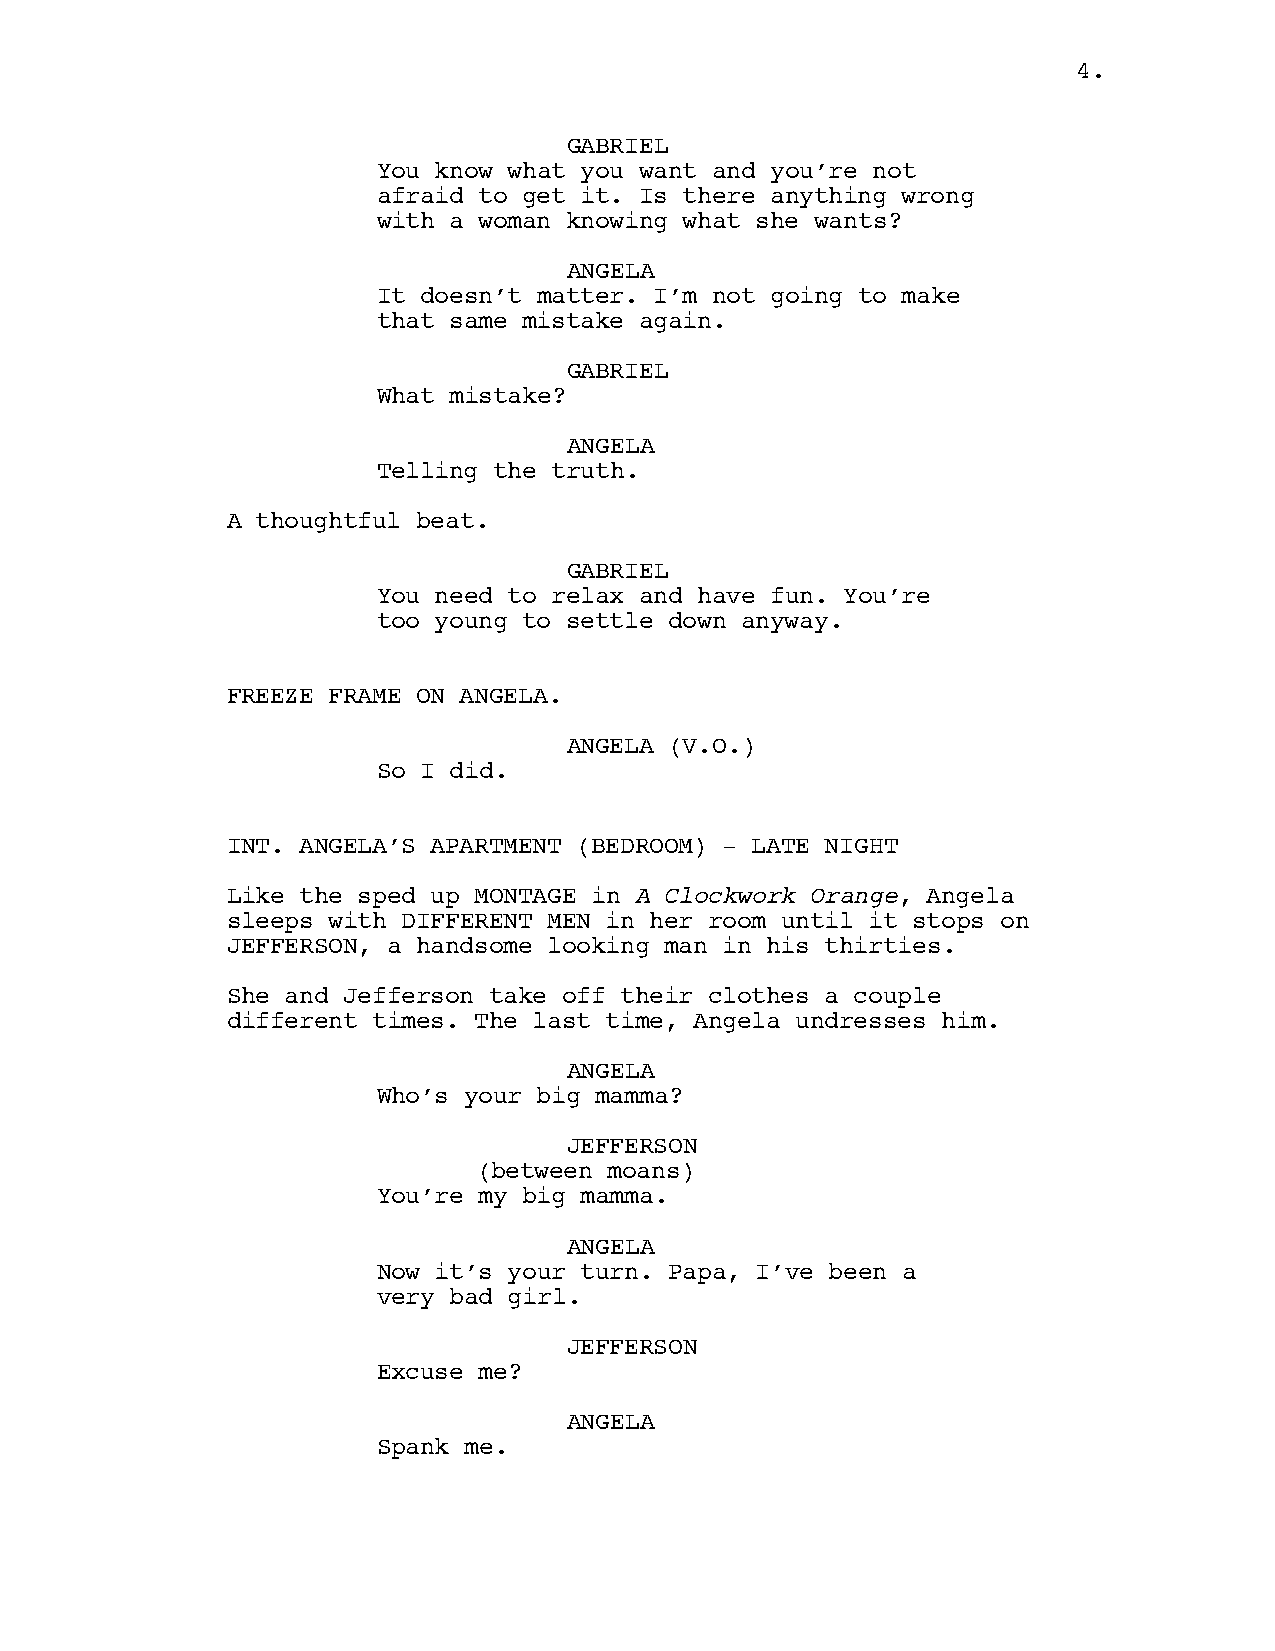
4.
 GABRIEL
 You know what you want and you’re not
 afraid to get it. Is there anything wrong
 with a woman knowing what she wants?
 ANGELA
 It doesn’t matter. I’m not going to make
 that same mistake again.
 GABRIEL
 What mistake?
 ANGELA
 Telling the truth.
 A thoughtful beat.
 GABRIEL
 You need to relax and have fun. You’re
 too young to settle down anyway.
 FREEZE FRAME ON ANGELA.
 ANGELA (V.O.)
 So I did.
 INT. ANGELA’S APARTMENT (BEDROOM) - LATE NIGHT
 Like the sped up MONTAGE in A Clockwork Orange, Angela
 sleeps with DIFFERENT MEN in her room until it stops on
 JEFFERSON, a handsome looking man in his thirties.
 She and Jefferson take off their clothes a couple
 different times. The last time, Angela undresses him.
 ANGELA
 Who’s your big mamma?
 JEFFERSON
 (between moans)
 You’re my big mamma.
 ANGELA
 Now it’s your turn. Papa, I’ve been a
 very bad girl.
 JEFFERSON
 Excuse me?
 ANGELA
 Spank me.